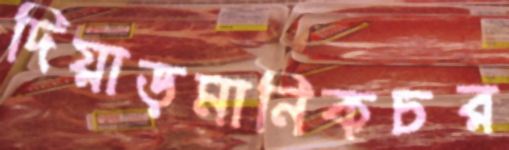
দিয়াড়মানিকচর